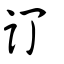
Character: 訂